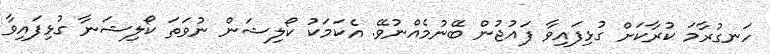
ހަނގުރާމަ ކުރާކަށް ގުޅިފައިވާ ފައުޖުން ބޭނުމެއްނުވޭ. އެކަމަކު ކޯލިޝަން ނުވަތަ ކޯލިޝަނާ ގުޅިފައިވާ